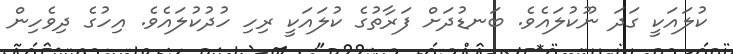
ކުލައަކީ ގަދަ ނޫކުލައެވެ. ބަނޑުދަށް ފަރާތުގެ ކުލައަކީ ރިހި ހުދުކުލައެވެ. އިހުގެ ދިވެހިން